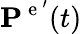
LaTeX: \mathbf{P}^{\mathrm{~e~}^{\prime}}(t)